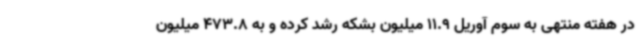
در هفته منتهی به سوم آوریل 11.9 میلیون بشکه رشد کرده و به 473.8 میلیون